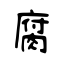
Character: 腐